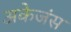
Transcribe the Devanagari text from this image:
अकेजंस